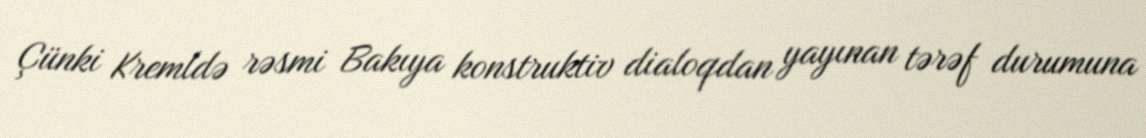
Çünki Kremldə rəsmi Bakıya konstruktiv dialoqdan yayınan tərəf durumuna